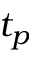
t _ { p }